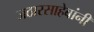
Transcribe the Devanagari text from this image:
जठारसाहेबांनी